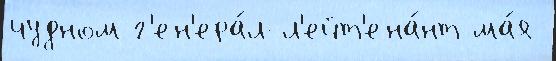
чудном г'ен'ера́л-л'ейт'ена́нт ма́я